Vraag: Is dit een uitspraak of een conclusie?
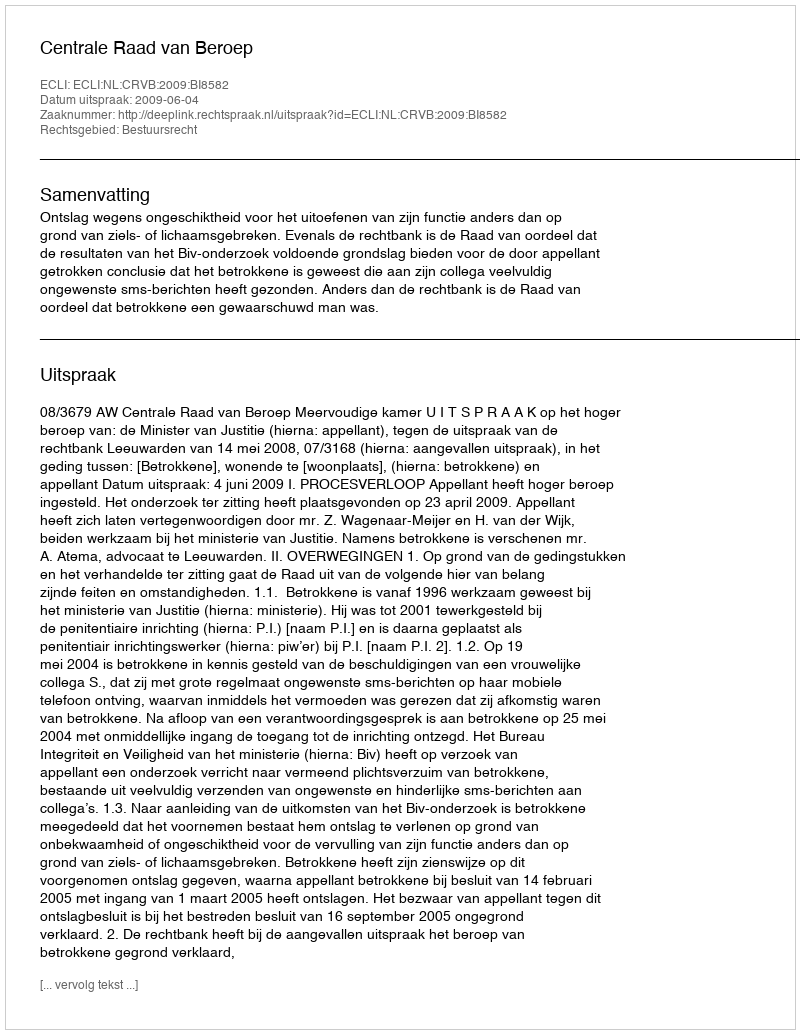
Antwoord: Uitspraak